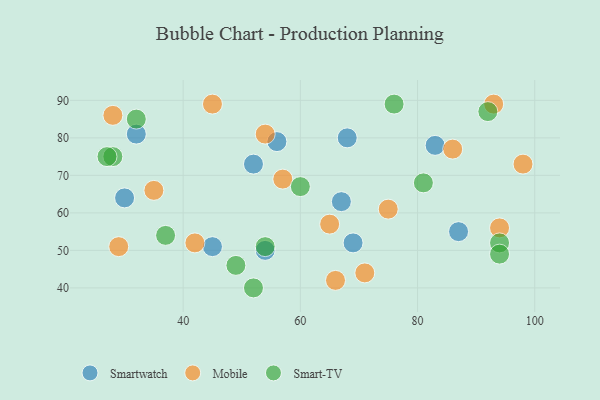
{"axis": {"x": "GDP", "y": "Life Expectancy"}, "legend": ["Mobile", "Smart-TV", "Smartwatch"], "data": [{"x": "30", "y": 64, "type": "Smartwatch"}, {"x": "68", "y": 80, "type": "Smartwatch"}, {"x": "67", "y": 63, "type": "Smartwatch"}, {"x": "45", "y": 51, "type": "Smartwatch"}, {"x": "56", "y": 79, "type": "Smartwatch"}, {"x": "83", "y": 78, "type": "Smartwatch"}, {"x": "32", "y": 81, "type": "Smartwatch"}, {"x": "52", "y": 73, "type": "Smartwatch"}, {"x": "87", "y": 55, "type": "Smartwatch"}, {"x": "69", "y": 52, "type": "Smartwatch"}, {"x": "54", "y": 50, "type": "Smartwatch"}, {"x": "35", "y": 66, "type": "Mobile"}, {"x": "75", "y": 61, "type": "Mobile"}, {"x": "94", "y": 56, "type": "Mobile"}, {"x": "65", "y": 57, "type": "Mobile"}, {"x": "93", "y": 89, "type": "Mobile"}, {"x": "57", "y": 69, "type": "Mobile"}, {"x": "71", "y": 44, "type": "Mobile"}, {"x": "29", "y": 51, "type": "Mobile"}, {"x": "66", "y": 42, "type": "Mobile"}, {"x": "42", "y": 52, "type": "Mobile"}, {"x": "98", "y": 73, "type": "Mobile"}, {"x": "45", "y": 89, "type": "Mobile"}, {"x": "28", "y": 86, "type": "Mobile"}, {"x": "86", "y": 77, "type": "Mobile"}, {"x": "54", "y": 81, "type": "Mobile"}, {"x": "52", "y": 40, "type": "Smart-TV"}, {"x": "54", "y": 51, "type": "Smart-TV"}, {"x": "92", "y": 87, "type": "Smart-TV"}, {"x": "81", "y": 68, "type": "Smart-TV"}, {"x": "28", "y": 75, "type": "Smart-TV"}, {"x": "49", "y": 46, "type": "Smart-TV"}, {"x": "27", "y": 75, "type": "Smart-TV"}, {"x": "76", "y": 89, "type": "Smart-TV"}, {"x": "37", "y": 54, "type": "Smart-TV"}, {"x": "32", "y": 85, "type": "Smart-TV"}, {"x": "94", "y": 52, "type": "Smart-TV"}, {"x": "60", "y": 67, "type": "Smart-TV"}, {"x": "94", "y": 49, "type": "Smart-TV"}]}